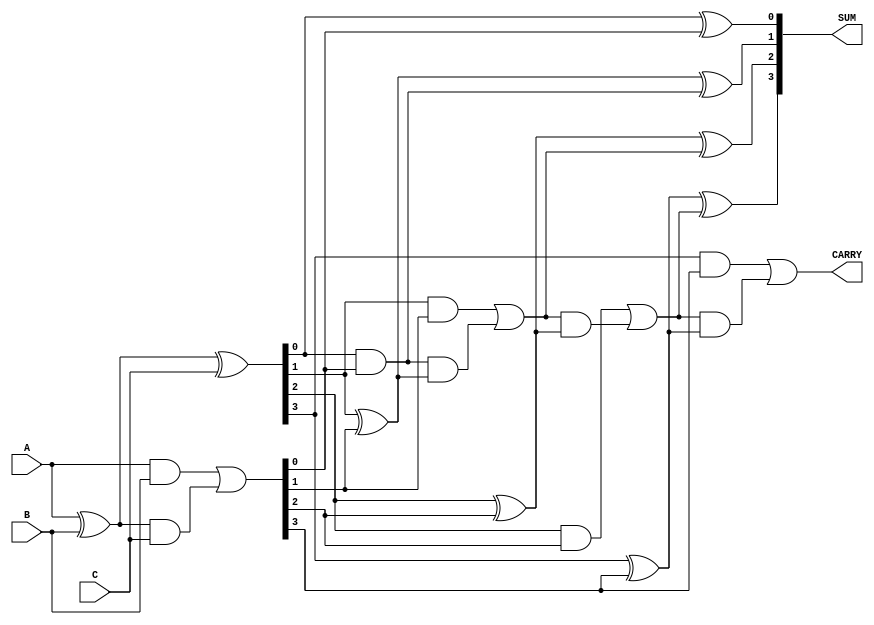
module ripple_carry_save_adder #(
    parameter WIDTH = 4, // Bit-width of the operands
    parameter NUM_OPERANDS = 3 // Number of operands to add
)(
    input [WIDTH-1:0] A, // First operand
    input [WIDTH-1:0] B, // Second operand
    input [WIDTH-1:0] C, // Third operand
    output [WIDTH:0] SUM, // Final sum output (WIDTH+1 bits to accommodate carry)
    output CARRY // Final carry output
);

    // Intermediate signals for Carry Save Adder
    wire [WIDTH-1:0] sum1, carry1;
    wire [WIDTH-1:0] sum2, carry2;

    // Carry Save Adder for first two operands (A and B)
    assign sum1 = A ^ B; // Sum of A and B
    assign carry1 = A & B; // Carry of A and B

    // Carry Save Adder for the result of A+B and C
    assign sum2 = sum1 ^ C; // Sum of (A+B) and C
    assign carry2 = carry1 | (sum1 & C); // Carry of (A+B) and C

    // Final Ripple Carry Adder to add the sum2 and carry2
    wire [WIDTH:0] final_sum;
    wire [WIDTH:0] final_carry;

    // Ripple Carry Adder
    assign final_sum[0] = sum2[0] ^ carry2[0];
    assign final_carry[0] = sum2[0] & carry2[0];

    genvar i;
    generate
        for (i = 1; i < WIDTH; i = i + 1) begin : rca
            assign final_sum[i] = sum2[i] ^ carry2[i] ^ final_carry[i-1];
            assign final_carry[i] = (sum2[i] & carry2[i]) | (final_carry[i-1] & (sum2[i] ^ carry2[i]));
        end
    endgenerate

    // Final outputs
    assign SUM = final_sum;
    assign CARRY = final_carry[WIDTH-1];

endmodule